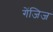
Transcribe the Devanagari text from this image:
गेंजिज